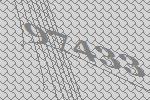
97433